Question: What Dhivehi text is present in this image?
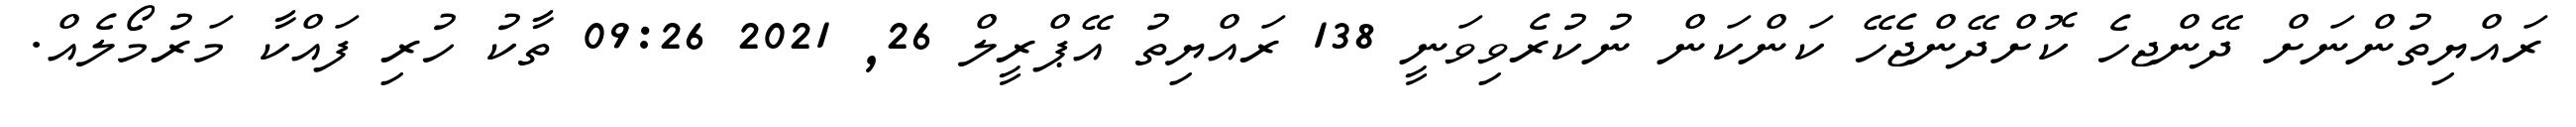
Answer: ރައްޔިތުންނަށް ދޭންޖހެ ކޮށްދޭންޖެހޭ ކަންކަން ނުކުރެވިވަނީ 138 ރައްޔިތު އޭޕްރީލް 26, 2021 09:26 ތާކު ހުރި ފައްކާ މަރުމޯލެއް.